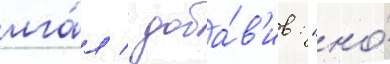
лга́л / доба́в'ив: "но́